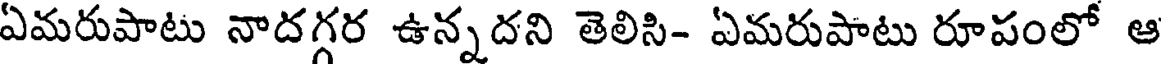
ఏమరుపాటు నాదగ్గర ఉన్నదని తెలిసి- ఏమరుపాటు రూపంలో ఆ